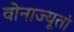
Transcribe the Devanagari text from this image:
वोनाज्यूतां